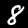
Digit: 8